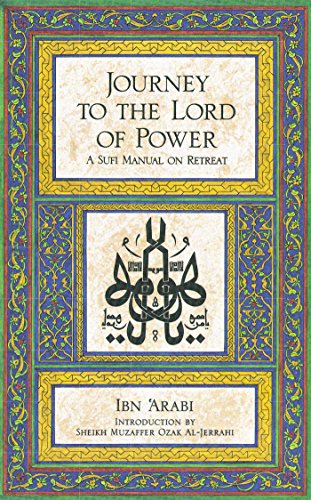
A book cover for Journey to the Lord of Power: A Sufi Manual on Retreat; Ibn Arabi; Religion & Spirituality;